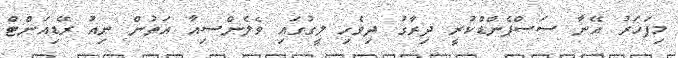
މިފަހަރު އޭނާ ސަސްޕެންޑްކުރީ ދިރާގު ދިވެހި ލީގުގައި ވެލެންސިއާ އަތުން ނިއު ރޭޑިއަންޓް